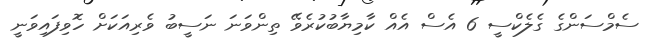
ސެމްސަންގެ ގެލެެކްސީ 6 އެސް އެއް ކާމިޔާބުކުރެވޭ ތިންވަނަ ނަސީބު ވެރިއަކަށް ހޮވިފައިވަނީ